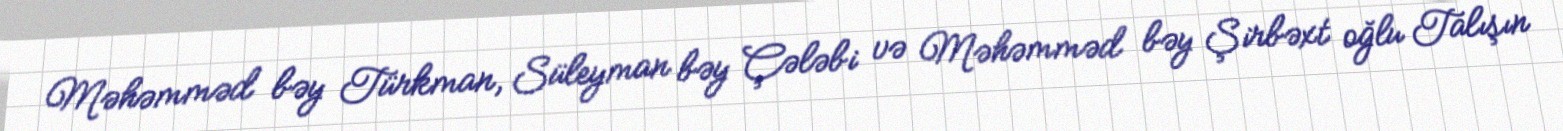
Məhəmməd bəy Türkman, Süleyman bəy Çələbi və Məhəmməd bəy Şirbəxt oğlu Talışın